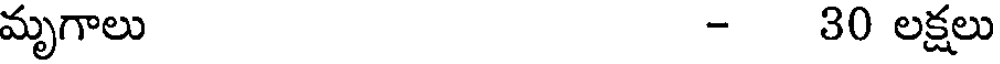
మృగాలు - 30 లక్షలు